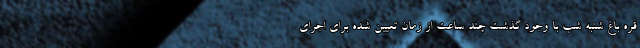
قره باغ شنبه شب با وجود گذشت چند ساعت از زمان تعیین شده برای اجرای